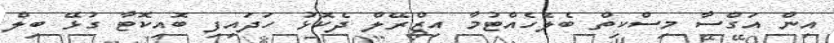
އިން އަގްސާ މިސްކިތް ބެލެހެއްޓުމާ އިޒްރޭލް ދެކޮޅު ހަދައިފި ބޮއިކޮޓާ ގުޅޭ ބިލް